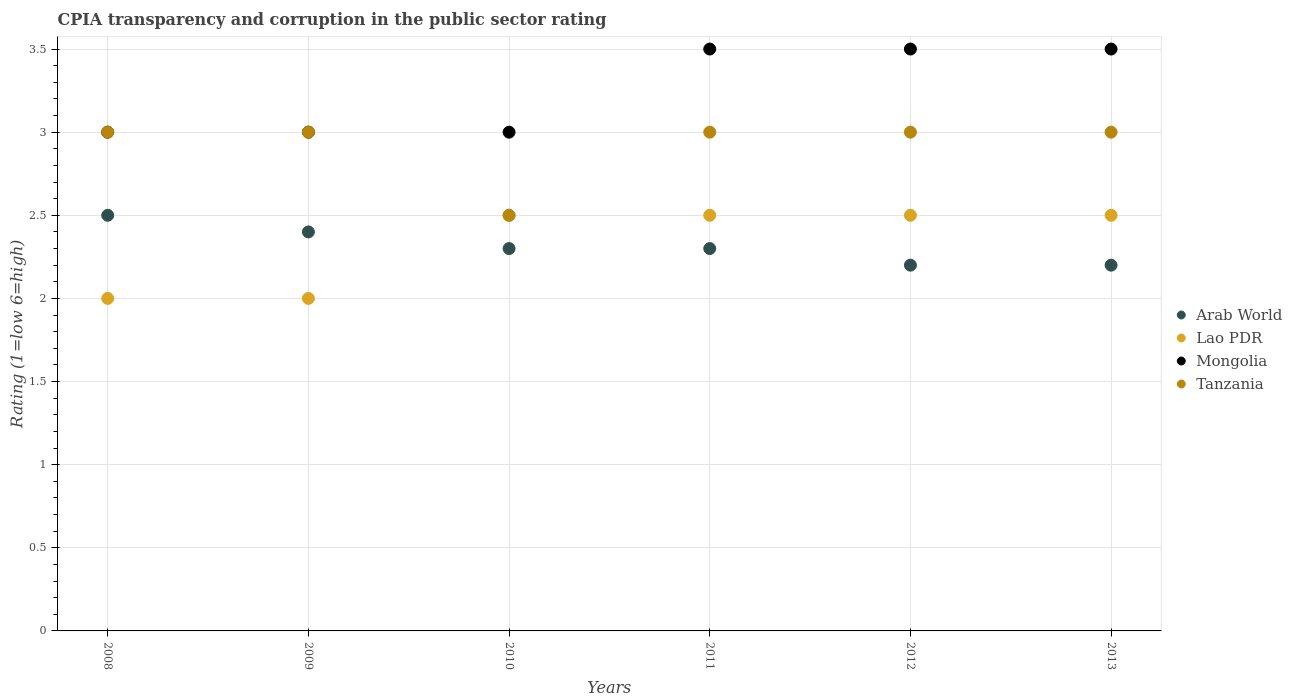
| Years | Arab World | Lao PDR | Mongolia | Tanzania |
 | --- | --- | --- | --- | --- |
 | 2008 | 2.5 | 2 | 3 | 3 |
 | 2009 | 2.4 | 2 | 3 | 3 |
 | 2010 | 2.3 | 2.5 | 3 | 2.5 |
 | 2011 | 2.3 | 2.5 | 3.5 | 3 |
 | 2012 | 2.2 | 2.5 | 3.5 | 3 |
 | 2013 | 2.2 | 2.5 | 3.5 | 3 |